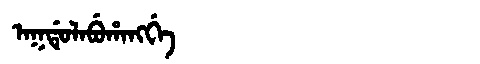
Manchu: ᠠᡴᡩᡠᠯᠠᠪᡠᡥᠠᠩᡤᡝ
Romanization: AKDULABUHANGGE